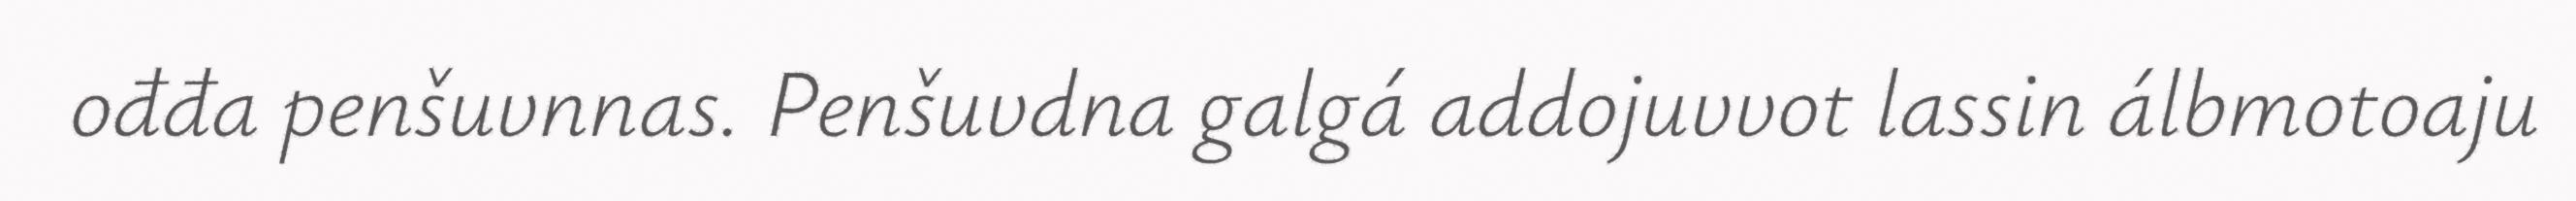
ođđa penšuvnnas. Penšuvdna galgá addojuvvot lassin álbmotoaju